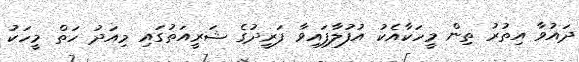
ދައުވާ އިތުރު ތިން މީހަކާއެކު އުފުލާފައިވާ ފަރީދުގެ ޝަރީއަތުގައި މިއަދު ހަތް މީހަކު